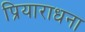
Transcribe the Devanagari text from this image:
प्रियाराधना